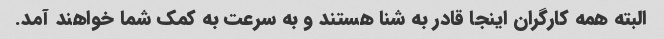
البته همه کارگران اینجا قادر به شنا هستند و به سرعت به کمک شما خواهند آمد.